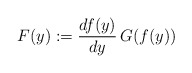
\begin{align*}F(y):=\frac{df(y)}{dy}\,G(f(y)) \end{align*}